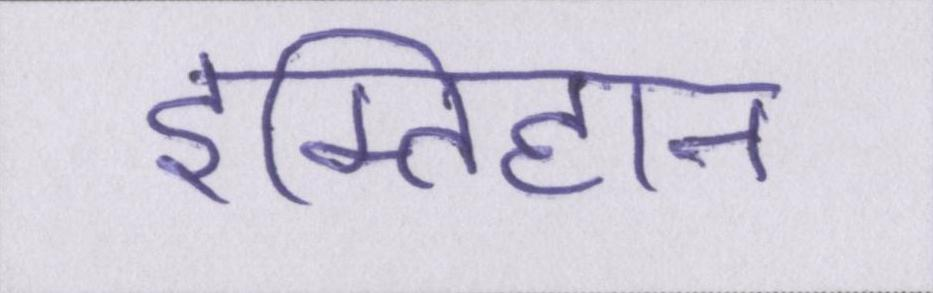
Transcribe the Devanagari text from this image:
इम्तिहान